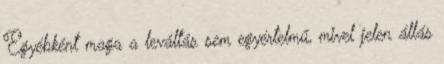
Egyébként maga a leváltás sem egyértelmű, mivel jelen állás